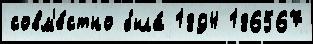
совм'е́стно была́ 1894 186567